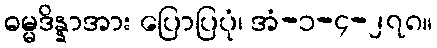
ဓမ္မဒိန္နာအား ပြောပြပုံ၊ အံ-၁-၄-၂၇၈။